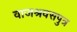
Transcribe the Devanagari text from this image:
वाजश्रवसपुत्र